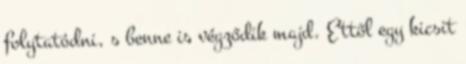
folytatódni, s benne is végződik majd. Ettől egy kicsit